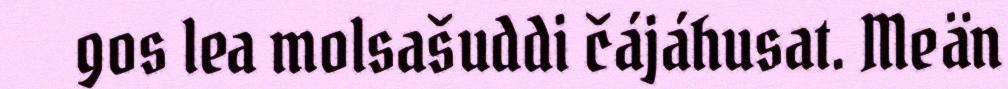
gos lea molsašuddi čájáhusat. Meän